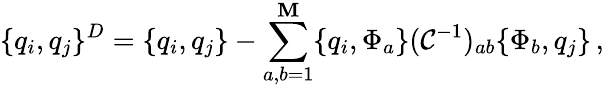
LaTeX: \{ q_{i},q_{j}\} ^{D}=\{ q_{i},q_{j}\} -\sum_{a,b=1}^{\mathbf{M}}\{ q_{i},\Phi_{a}\} (\mathcal{{C}}^{-1})_{ab}\{ \Phi_{b},q_{j}\} \, ,